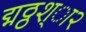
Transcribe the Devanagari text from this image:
द्मठ्ठश्ा२